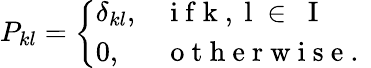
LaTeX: P_{kl}=\left\{ \begin{array}{ll}{\delta_{kl},}&{\mathrm{~i~f~k~,~l~\in~{~I~}~}}\\ {0,}&{\mathrm{~o~t~h~e~r~w~i~s~e~.~}}\end{array}\right.